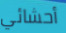
أحشائي